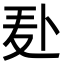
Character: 𪎍